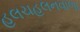
હલચહલનવાળા